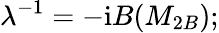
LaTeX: \lambda^{-1}=-\mathrm{i}B(M_{2B});